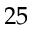
2 5